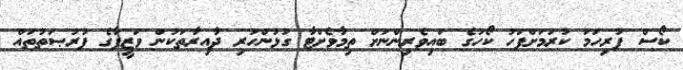
ކޯސް ފުރިހަމަ ކުރުމަށްފަހު ކޯހުގެ ބައިވެރިންނަށް ތިމާވެށްޓާ ގުޅުންހުރި ދާއިރާތަކުން ވަޒީފާގެ ފުރުޞަތުތައް